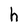
Character: h